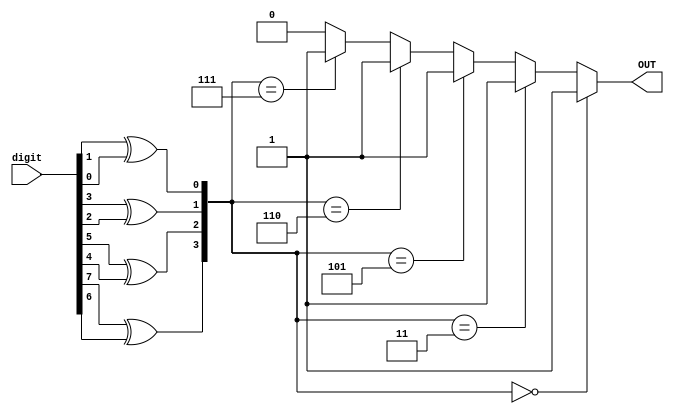
module is_div_3(
        input  wire [7:0] digit,
        output wire OUT
);

assign OUT =    ({digit[7]^digit[6], digit[5]^digit[4], digit[3]^digit[2], digit[1]^digit[0]} == 4'b0000) ? 1'b1 :
                ({digit[7]^digit[6], digit[5]^digit[4], digit[3]^digit[2], digit[1]^digit[0]} == 4'b0011) ? 1'b1 :
                ({digit[7]^digit[6], digit[5]^digit[4], digit[3]^digit[2], digit[1]^digit[0]} == 4'b0101) ? 1'b1 :
                ({digit[7]^digit[6], digit[5]^digit[4], digit[3]^digit[2], digit[1]^digit[0]} == 4'b0110) ? 1'b1 :
                ({digit[7]^digit[6], digit[5]^digit[4], digit[3]^digit[2], digit[1]^digit[0]} == 4'b0111) ? 1'b1 : 1'b0;


endmodule